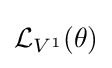
{\mathcal {L}}_{V^{1}}(\theta )